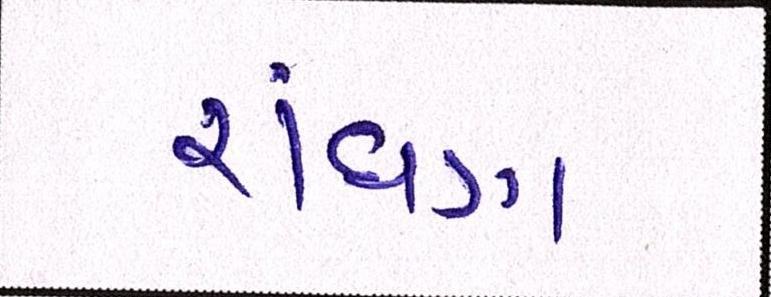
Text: રાંધણ